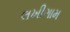
લખીગામ